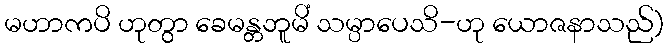
မဟာကပိ ဟုတွာ ခေမန္တဘူမိံ သမ္ပာပေသိ-ဟု ယောဇနာသည်)